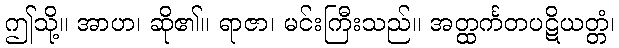
ဤသို့။ အာဟ၊ ဆို၏။ ရာဇာ၊ မင်းကြီးသည်။ အတ္ထင်္ကတပဋိယတ္တံ၊